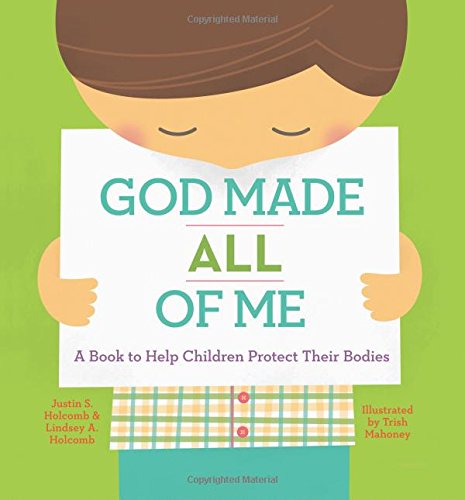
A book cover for God Made All of Me: A Book to Help Children Protect Their Bodies; Justin S. Holcomb; Parenting & Relationships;